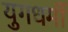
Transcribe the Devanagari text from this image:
युगधर्मी